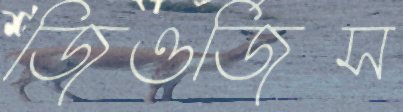
জিওর্জিস